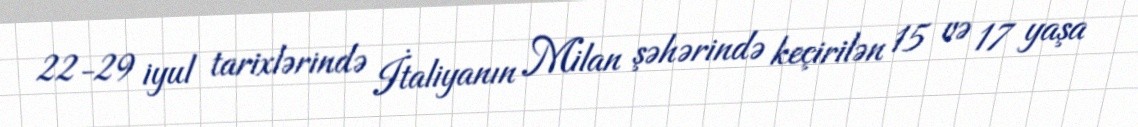
22-29 iyul tarixlərində İtaliyanın Milan şəhərində keçirilən 15 və 17 yaşa